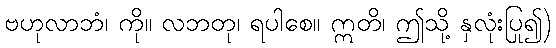
ဗဟုလာဘံ၊ ကို။ လဘတု၊ ရပါစေ။ ဣတိ၊ ဤသို့ နှလုံးပြု၍)